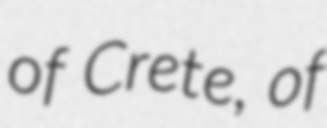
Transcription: of Crete, of